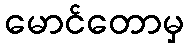
မောင်တောမှ